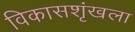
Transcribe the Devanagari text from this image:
विकासशृंखला